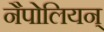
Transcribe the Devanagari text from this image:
नैपोलियन्